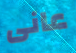
عانى